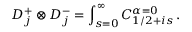
{ \cal D } _ { j } ^ { + } \otimes { \cal D } _ { j } ^ { - } = \int _ { s = 0 } ^ { \infty } { \cal C } _ { 1 / 2 + i s } ^ { \alpha = 0 } \, .